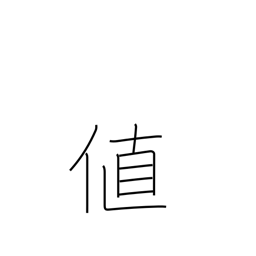
Meaning: cost